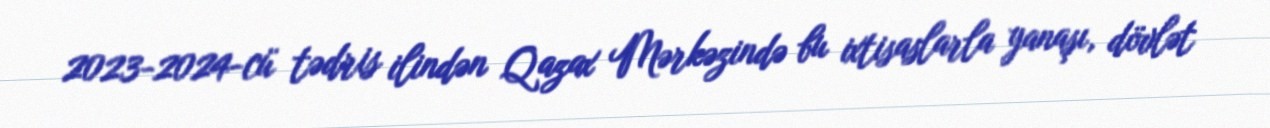
2023-2024-cü tədris ilindən Qazax Mərkəzində bu ixtisaslarla yanaşı, dövlət